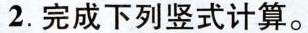
2.完成下列竖式计算。